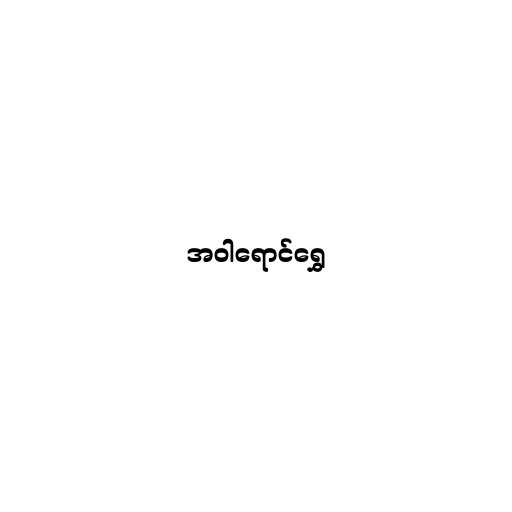
အဝါရောင်ရွှေ